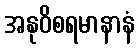
အနုဝိစရမာနာနံ